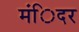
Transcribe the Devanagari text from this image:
मंिदर